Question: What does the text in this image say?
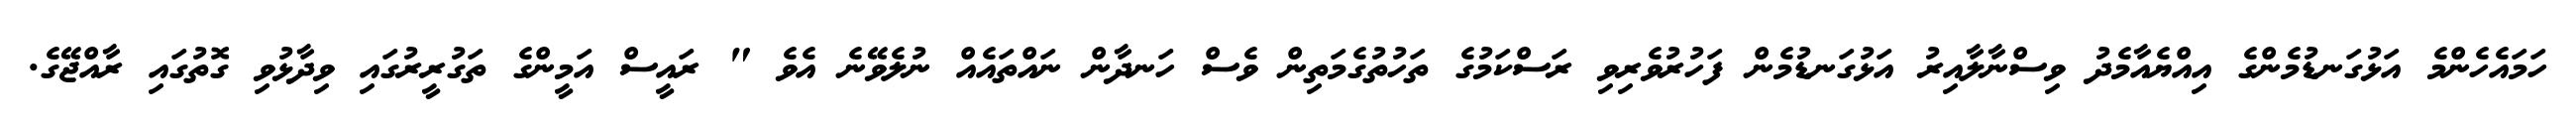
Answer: ހަމައެހެންމެ އަޅުގަނޑުމެންގެ އިއްޔެއާމެދު ވިސްނާލާއިރު އަޅުގަނޑުމެން ފަހުރުވެރިވި ރަސްކަމުގެ ތަހުތުގެމަތިން ވެސް ހަނދާން ނައްތައެއް ނުލެވޭނެ އެވެ " ރައީސް އަމީންގެ ތަގުރީރުގައި ވިދާޅުވި ގޮތުގައި ރާއްޖޭގެ.